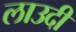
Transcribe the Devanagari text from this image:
लाउदी